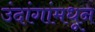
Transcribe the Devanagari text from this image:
उंदांगांमधून